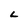
Character: L